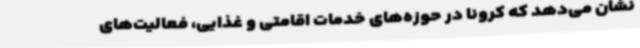
نشان می‌دهد که کرونا در حوزه‌های خدمات اقامتی و غذایی، فعالیت‌های